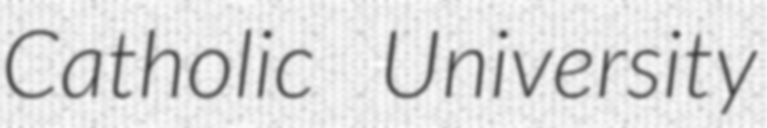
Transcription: Catholic University